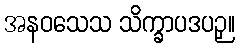
အနဝသေသ သိက္ခာပဒပဉှ။